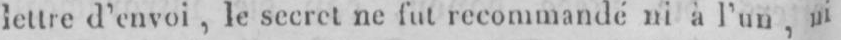
lettre d’envoi, le secret ne futrecommandéni à l’un,ni